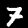
Digit: 7